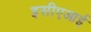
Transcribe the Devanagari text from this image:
इसीएआई